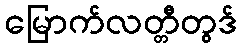
မြောက်လတ္တီတွဒ်